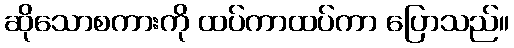
ဆိုသောစကားကို ထပ်ကာထပ်ကာ ပြောသည်။